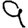
Digit: 9